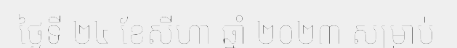
ថ្ងៃទី ២៤ ខែសីហា ឆ្នាំ ២០២៣ សម្រាប់